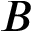
B